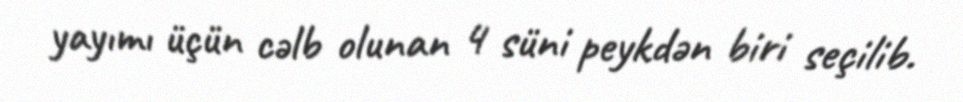
yayımı üçün cəlb olunan 4 süni peykdən biri seçilib.